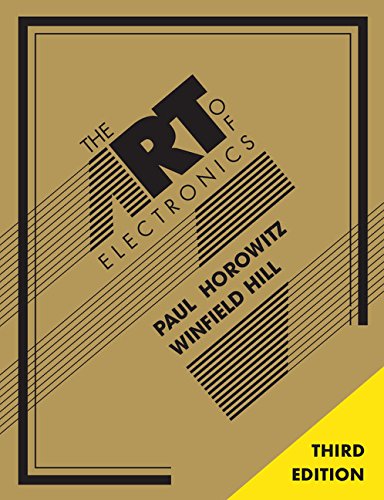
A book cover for The Art of Electronics; Paul Horowitz; Engineering & Transportation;